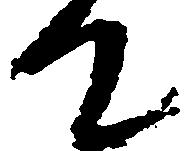
て